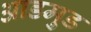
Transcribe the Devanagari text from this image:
आडमुड